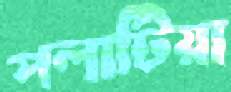
পলাটিয়া